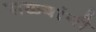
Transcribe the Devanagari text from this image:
सळ्यांनी